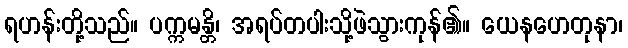
ရဟန်းတို့သည်။ ပက္ကမန္တိ၊ အရပ်တပါးသို့ဖဲသွားကုန်၏။ ယေနဟေတုနာ၊